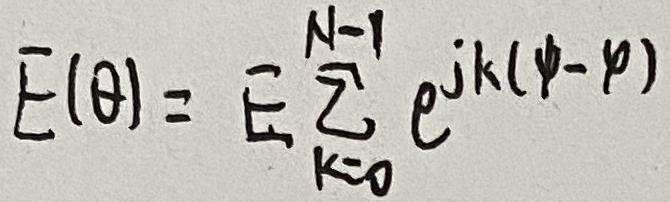
$\bar{E}(\theta)=\bar{E} \sum_{k = 0}^{N - 1} e^{j k(\psi - \varphi)}$